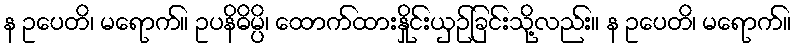
န ဥပေတိ၊ မရောက်။ ဥပနိဓိမ္ပိ၊ ထောက်ထားနှိုင်းယှဉ်ခြင်းသို့လည်း။ န ဥပေတိ၊ မရောက်။